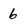
Character: 6